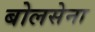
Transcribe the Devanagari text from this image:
बोलसेना